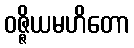
ဝဇ္ဇိယမဟိတော